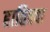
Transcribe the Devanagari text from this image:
हातिक्वा